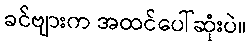
ခင်ဗျားက အထင်ပေါ်ဆုံးပဲ။